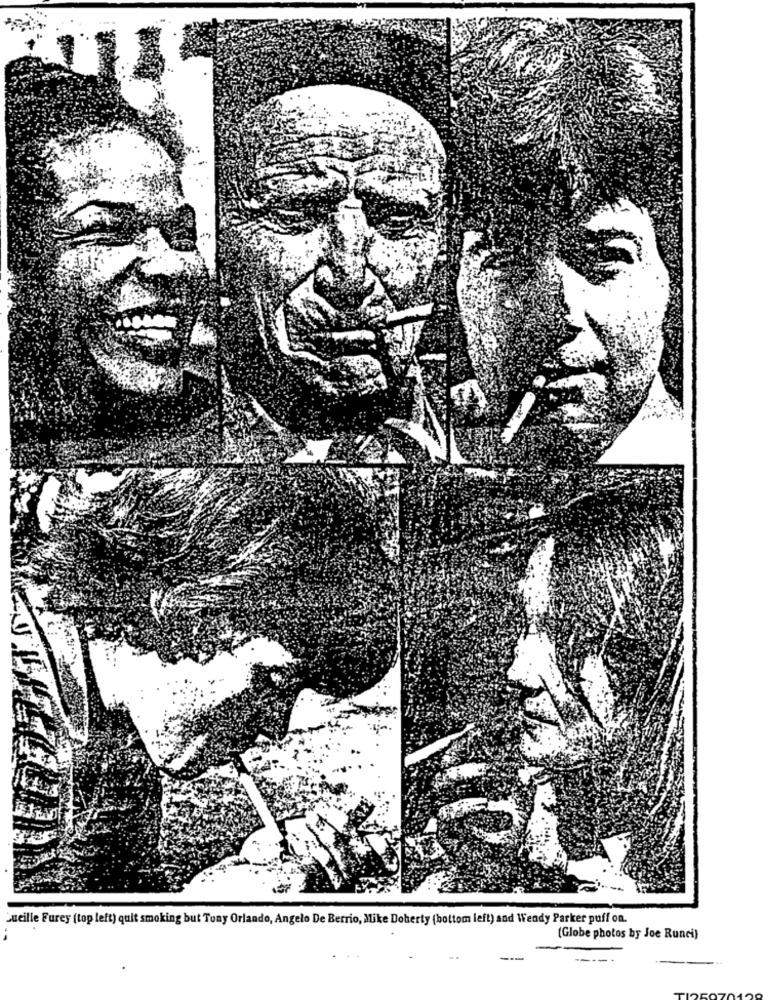
Lucille Furey (top left) quit smoking but Tony Orlando, Angelo De Berrio, Mike Doherty (bottom left) and Wendy Parker puff on.
(Globe photos by Joe Runci)